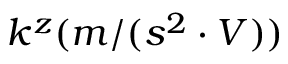
k ^ { z } ( m / ( s ^ { 2 } \cdot V ) )